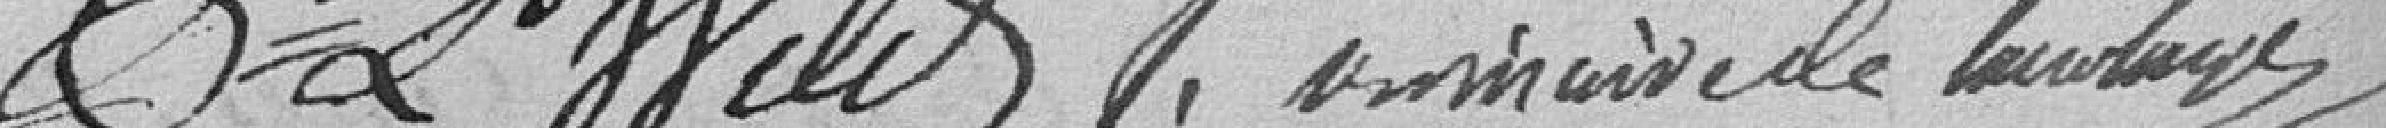
W???  le maire de La Colonge ?